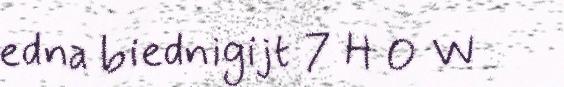
edna biednigijt 7 H O W